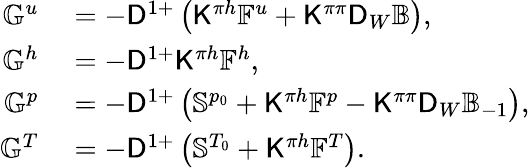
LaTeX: \begin{array}{rl}{\mathbb{G}^{u}}&{{}=-\mathsf{D}^{1+}\left(\mathsf{K}^{\pi h}\mathbb{F}^{u}+\mathsf{K}^{\pi\pi}\mathsf{D}_{W}\mathbb{B}\right),}\\ {\mathbb{G}^{h}}&{{}=-\mathsf{D}^{1+}\mathsf{K}^{\pi h}\mathbb{F}^{h},}\\ {\mathbb{G}^{p}}&{{}=-\mathsf{D}^{1+}\left(\mathbb{S}^{p_{0}}+\mathsf{K}^{\pi h}\mathbb{F}^{p}-\mathsf{K}^{\pi\pi}\mathsf{D}_{W}\mathbb{B}_{-1}\right),}\\ {\mathbb{G}^{T}}&{{}=-\mathsf{D}^{1+}\left(\mathbb{S}^{T_{0}}+\mathsf{K}^{\pi h}\mathbb{F}^{T}\right).}\end{array}